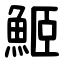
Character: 䱌